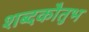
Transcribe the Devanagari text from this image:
शब्दकौतुभ